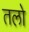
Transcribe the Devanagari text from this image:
तलो